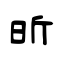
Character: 昕